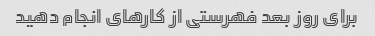
برای روز بعد فهرستی از کارهای انجام دهید